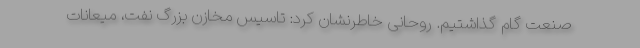
صنعت گام گذاشتیم. روحانی خاطرنشان کرد: تاسیس مخازن بزرگ نفت، میعانات